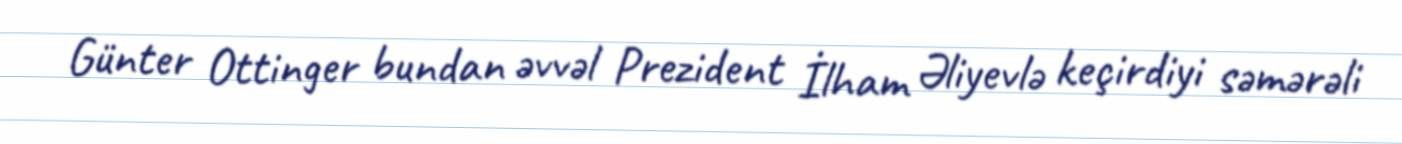
Günter Ottinger bundan əvvəl Prezident İlham Əliyevlə keçirdiyi səmərəli